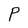
Character: P